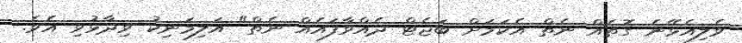
ވެލިއެޅޭނެ ގޮތެއް ނެތް އެކަމަށް ބަޖެޓް ދެއްވާފައެއް ނެތް" އަލިމަނިކު ވިދާޅުވި އެވެ.